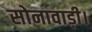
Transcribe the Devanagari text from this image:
सोनावाड़ी।